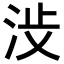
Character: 𪵺